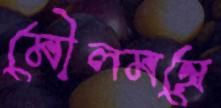
মৌলমন্ত্রে